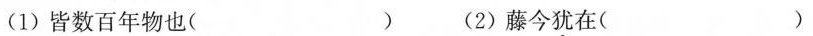
(1)皆数百年物也( (2)藤今犹在( )